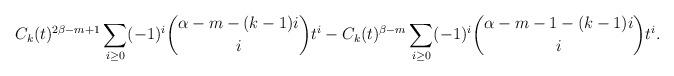
LaTeX: \begin{align*}C_k(t)^{2\beta-m+1} \sum_{i \geq 0} (-1)^i \binom{\alpha-m-(k-1)i}{i} t^i - C_k(t)^{\beta-m} \sum_{i \geq 0} (-1)^i \binom{\alpha-m-1-(k-1)i}{i} t^i.\end{align*}